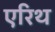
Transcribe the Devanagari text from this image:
एरिथ